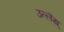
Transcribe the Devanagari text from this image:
उल्लॆख्